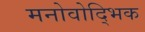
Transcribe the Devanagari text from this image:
मनोवोद्भिक